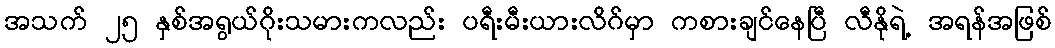
အသက် ၂၅ နှစ်အရွယ်ဂိုးသမားကလည်း ပရီးမီးယားလိဂ်မှာ ကစားချင်နေပြီ လီနိုရဲ့ အရန်အဖြစ်